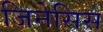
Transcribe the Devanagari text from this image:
जिनेसिस